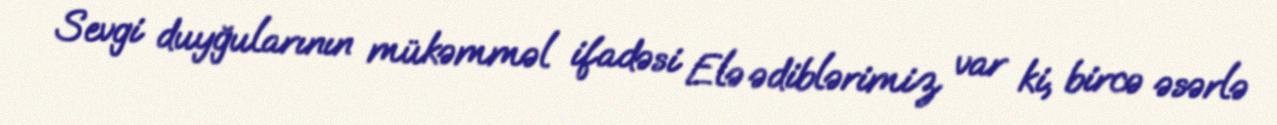
Sevgi duyğularının mükəmməl ifadəsi Elə ədiblərimiz var ki, bircə əsərlə